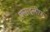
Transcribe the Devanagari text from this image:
फ़्लाइलीफ़